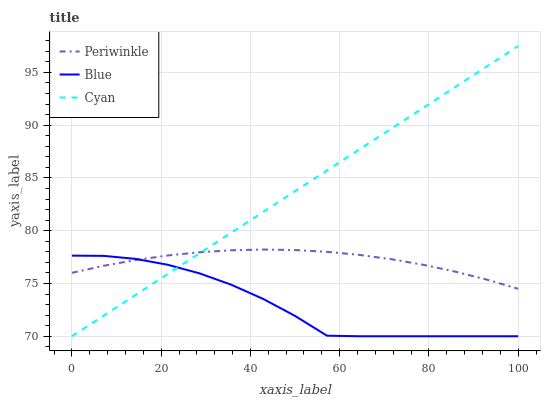
| xaxis_label | Periwinkle | Blue | Cyan |
 | --- | --- | --- | --- |
 | 0 | 76 | 77.6 | 70 |
 | 7.14 | 76.7 | 77.6 | 72 |
 | 14.3 | 77.2 | 77.3 | 73.9 |
 | 21.4 | 77.6 | 76.8 | 75.9 |
 | 28.6 | 78 | 76 | 77.9 |
 | 35.7 | 78.1 | 74.9 | 79.8 |
 | 42.9 | 78.2 | 73.5 | 81.8 |
 | 50 | 78.2 | 71.9 | 83.7 |
 | 57.1 | 78 | 70.1 | 85.7 |
 | 64.3 | 77.7 | 70 | 87.7 |
 | 71.4 | 77.3 | 70 | 89.6 |
 | 78.6 | 76.8 | 70 | 91.6 |
 | 85.7 | 76.1 | 70 | 93.6 |
 | 92.9 | 75.4 | 70 | 95.5 |
 | 100 | 74.5 | 70 | 97.5 |